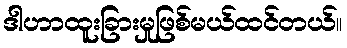
ဒါဟာထူးခြားမှုဖြစ်မယ်ထင်တယ်။